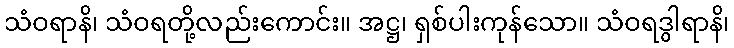
သံဝရာနိ၊ သံဝရတို့လည်းကောင်း။ အဋ္ဌ၊ ရှစ်ပါးကုန်သော။ သံဝရဒွါရာနိ၊